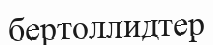
бертоллидтер